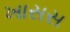
ખાસસ